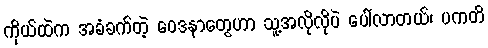
ကိုယ်ထဲက အခံခက်တဲ့ ဝေဒနာတွေဟာ သူ့အလိုလိုပဲ ပေါ်လာတယ်၊ ပကတိ